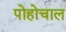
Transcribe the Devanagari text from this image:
पोहोचाल